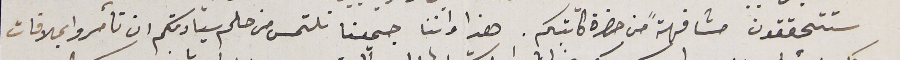
ستتحققون مشافهةً من حضرة كاتبكم. هذا واننا جميعنا نلتمس من حلم سيادتكم ان تأمروا بملاقات